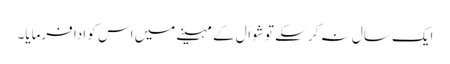
ایک سال نہ کر سکے تو شوال کے مہینے میں اس کو ادا فرمایا۔